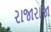
રાજારાજા